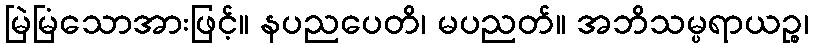
မြဲမြံသောအားဖြင့်။ နပညပေတိ၊ မပညတ်။ အဘိသမ္ပရာယဉ္စ၊